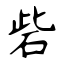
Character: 砦